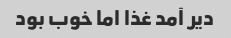
دیر آمد غذا اما خوب بود